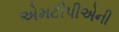
એમટીપીએની